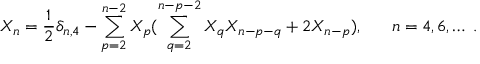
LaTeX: X _ { n } = \frac { 1 } { 2 } \delta _ { n , 4 } - \sum _ { p = 2 } ^ { n - 2 } X _ { p } ( \sum _ { q = 2 } ^ { n - p - 2 } X _ { q } X _ { n - p - q } + 2 X _ { n - p } ) , \; \; \; \; \; \; n = 4 , 6 , \ldots \; .